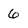
Character: 6